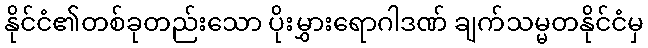
နိုင်ငံ၏တစ်ခုတည်းသော ပိုးမွှားရောဂါဒဏ် ချက်သမ္မတနိုင်ငံမှ